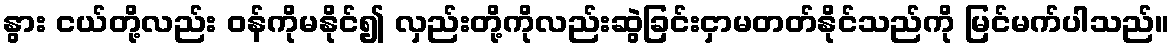
နွား ငယ်တို့လည်း ဝန်ကိုမနိုင်၍ လှည်းတို့ကိုလည်းဆွဲခြင်းငှာမတတ်နိုင်သည်ကို မြင်မက်ပါသည်။